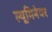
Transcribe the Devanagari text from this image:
ल्यूमिनेयर